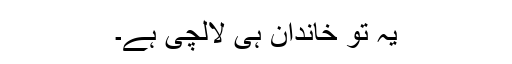
یہ تو خاندان ہی لالچی ہے۔